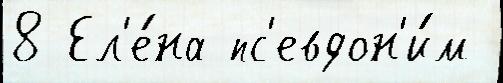
8 Ел'е́на пс'евдон'и́м